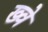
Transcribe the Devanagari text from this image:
ख्वे